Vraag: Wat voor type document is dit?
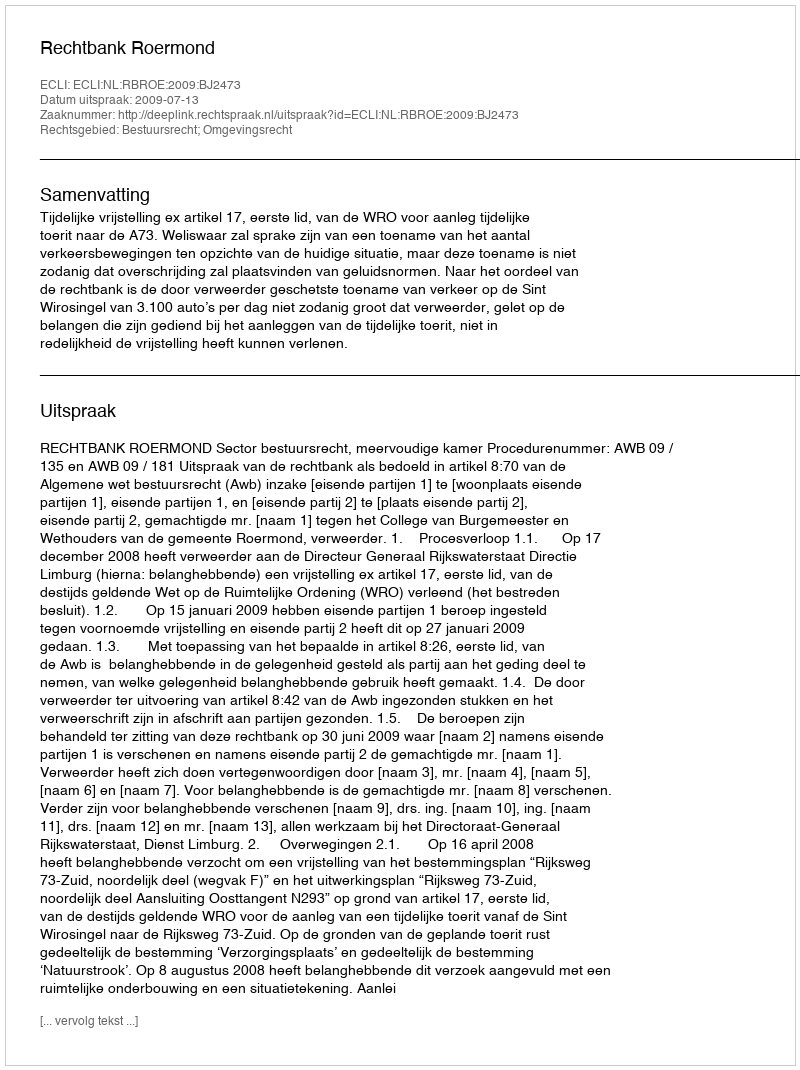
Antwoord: Uitspraak